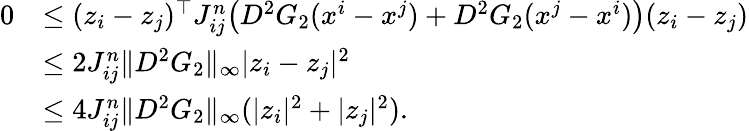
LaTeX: \begin{array}{rl}{0}&{\le(z_{i}-z_{j})^{\top}J_{ij}^{n}\big(D^{2}G_{2}(x^{i}-x^{j})+D^{2}G_{2}(x^{j}-x^{i})\big)(z_{i}-z_{j})}\\ &{\le 2J_{ij}^{n}\| D^{2}G_{2}\| _{\infty}|z_{i}-z_{j}|^{2}}\\ &{\le 4J_{ij}^{n}\| D^{2}G_{2}\| _{\infty}(|z_{i}|^{2}+|z_{j}|^{2}).}\end{array}